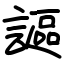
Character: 謳